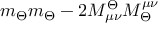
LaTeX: m _ { \Theta } m _ { \Theta } - 2 M _ { \mu \nu } ^ { \Theta } M _ { \Theta } ^ { \mu \nu }